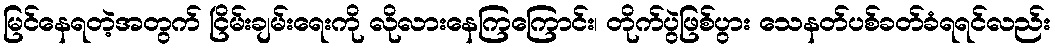
မြင်နေရတဲ့အတွက် ငြိမ်းချမ်းရေးကို လိုလားနေကြကြောင်း၊ တိုက်ပွဲဖြစ်ပွား သေနတ်ပစ်ခတ်ခံရရင်လည်း